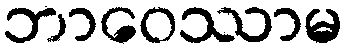
ဘာဝေဿာမ